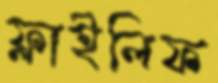
ফ্লাইলিফ